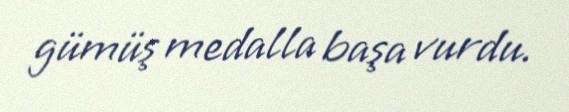
gümüş medalla başa vurdu.